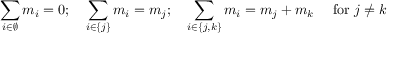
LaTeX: \sum _ { i \in \emptyset } { m _ { i } } = 0 ; \quad \sum _ { i \in \{ j \} } { m _ { i } } = m _ { j } ; \quad \sum _ { i \in \{ j , k \} } { m _ { i } } = m _ { j } + m _ { k } \quad { \mathrm { ~ f o r ~ } } j \neq k